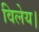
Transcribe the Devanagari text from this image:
विलेय।